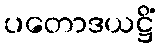
ပတောဒယဋ္ဌိံ